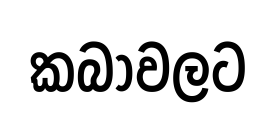
කබාවලට